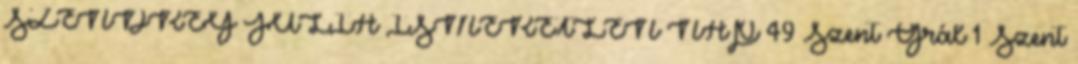
SZENDREY JULIA ISMERETLEN NAP 49 Szent Grál 1 Szent